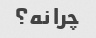
چرا نه؟